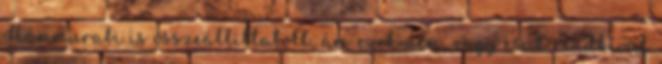
Hammurabi is összeállíttatott, ám ezek nem, vagy csak rendkívül